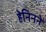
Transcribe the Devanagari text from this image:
हेनिनने